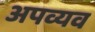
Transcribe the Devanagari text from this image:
अपव्यव